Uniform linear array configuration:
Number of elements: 64
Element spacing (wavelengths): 1
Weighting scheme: exponential
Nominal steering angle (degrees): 30
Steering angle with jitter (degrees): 30.728
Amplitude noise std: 0.05
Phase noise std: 0.05

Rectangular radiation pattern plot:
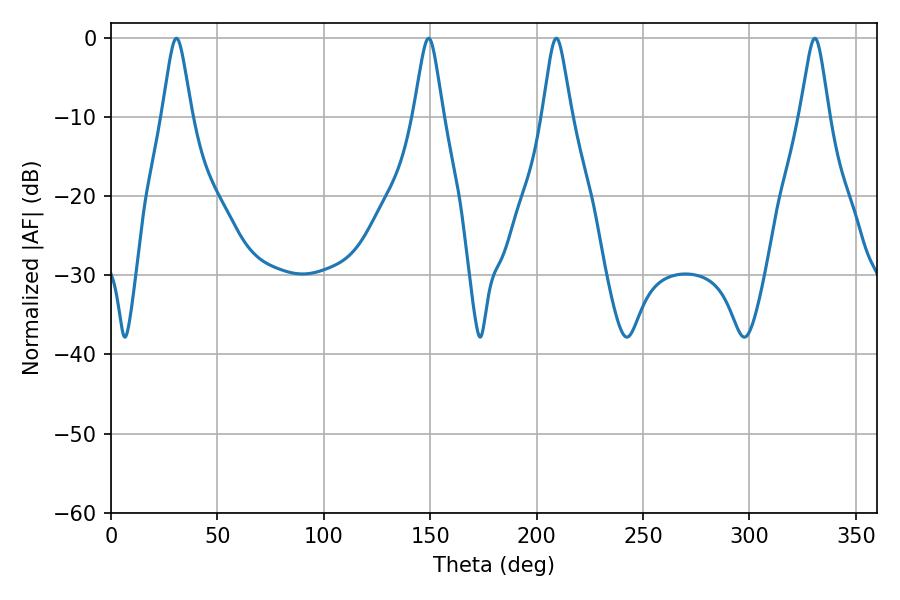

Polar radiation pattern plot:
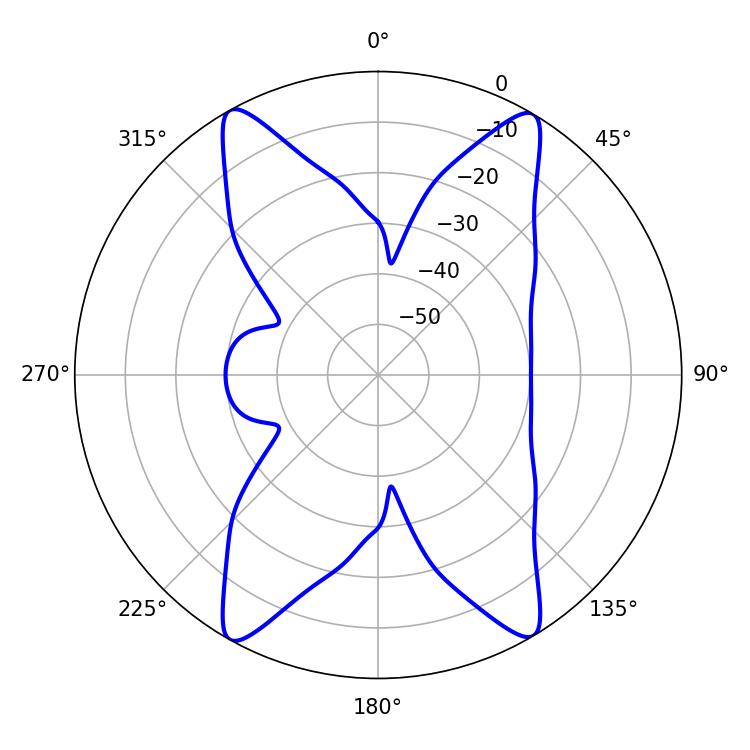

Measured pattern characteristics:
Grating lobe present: TRUE
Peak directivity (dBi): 22.532
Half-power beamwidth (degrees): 6.48
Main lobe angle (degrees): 30.78